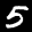
Label: 5